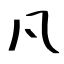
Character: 凡